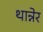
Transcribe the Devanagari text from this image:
थान्नेर